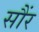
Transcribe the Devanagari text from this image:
सौंर